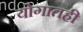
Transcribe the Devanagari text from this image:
योगातही